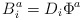
\begin{align*}B^{a}_{i} = D_{i} \Phi^{a}\end{align*}